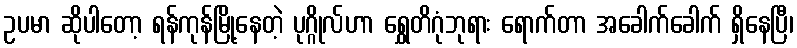
ဥပမာ ဆိုပါတော့ ရန်ကုန်မြို့နေတဲ့ ပုဂ္ဂိုလ်ဟာ ရွှေတိဂုံဘုရား ရောက်တာ အခေါက်ခေါက် ရှိနေပြီ၊